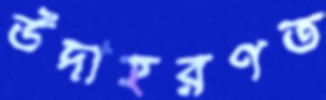
উদাহরণত